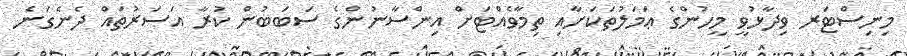
މިނިސްޓަރ ވިދާޅުވީ މީހުންގެ ޢަމަލުތަކަށާއި ތިމާވެއްޓަށް އިންސާނުންގެ ސަބަބުން ކުރާ އަސަރުތައް ދެނެގަނެ